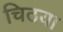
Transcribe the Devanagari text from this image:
चिठया